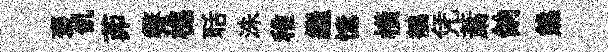
褒飢茆霽樵聒洙稚繼憶橫鶺凭䔥餉熊